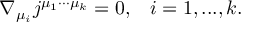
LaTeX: \nabla _ { \mu _ { i } } j ^ { \mu _ { 1 } \cdot \cdot \cdot \mu _ { k } } = 0 , \; \; \; i = 1 , . . . , k .